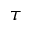
\tau